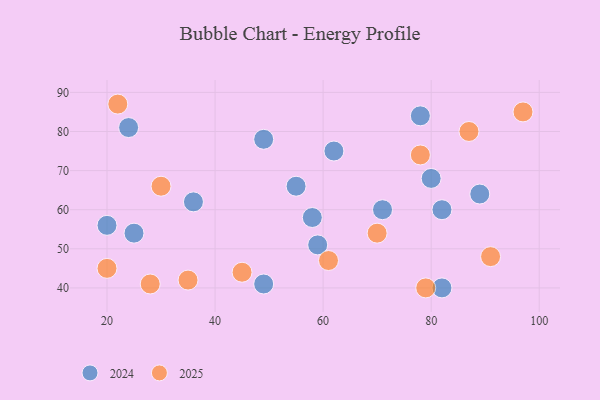
{"axis": {"x": "GDP", "y": "Life Expectancy"}, "legend": ["2024", "2025"], "data": [{"x": "80", "y": 68, "type": "2024"}, {"x": "49", "y": 41, "type": "2024"}, {"x": "25", "y": 54, "type": "2024"}, {"x": "62", "y": 75, "type": "2024"}, {"x": "89", "y": 64, "type": "2024"}, {"x": "36", "y": 62, "type": "2024"}, {"x": "55", "y": 66, "type": "2024"}, {"x": "71", "y": 60, "type": "2024"}, {"x": "20", "y": 56, "type": "2024"}, {"x": "49", "y": 78, "type": "2024"}, {"x": "24", "y": 81, "type": "2024"}, {"x": "59", "y": 51, "type": "2024"}, {"x": "82", "y": 40, "type": "2024"}, {"x": "58", "y": 58, "type": "2024"}, {"x": "78", "y": 84, "type": "2024"}, {"x": "82", "y": 60, "type": "2024"}, {"x": "61", "y": 47, "type": "2025"}, {"x": "20", "y": 45, "type": "2025"}, {"x": "35", "y": 42, "type": "2025"}, {"x": "22", "y": 87, "type": "2025"}, {"x": "87", "y": 80, "type": "2025"}, {"x": "91", "y": 48, "type": "2025"}, {"x": "97", "y": 85, "type": "2025"}, {"x": "28", "y": 41, "type": "2025"}, {"x": "70", "y": 54, "type": "2025"}, {"x": "79", "y": 40, "type": "2025"}, {"x": "30", "y": 66, "type": "2025"}, {"x": "78", "y": 74, "type": "2025"}, {"x": "45", "y": 44, "type": "2025"}]}